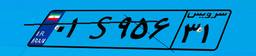
۱۱S۷۳۴۲۵